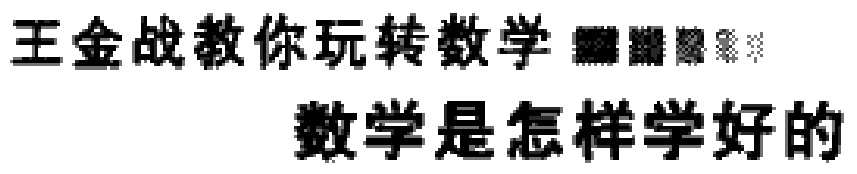
王金战教你玩转数学  数学是怎样学好的